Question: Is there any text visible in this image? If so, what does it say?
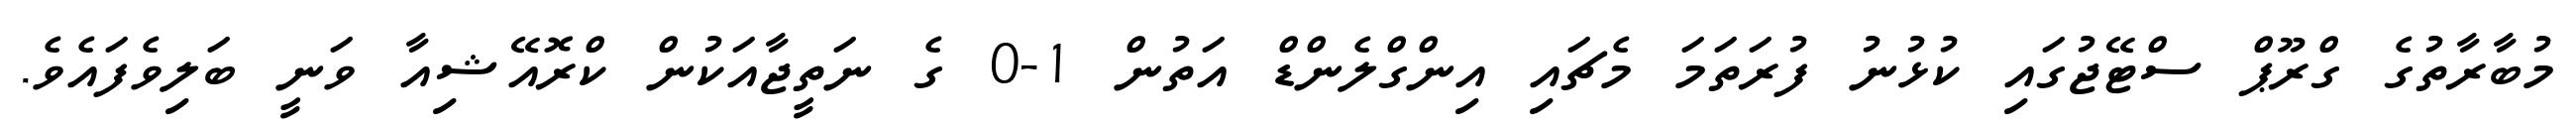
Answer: މުބާރާތުގެ ގްރޫޕް ސްޓޭޖުގައި ކުޅުނު ފުރަތަމަ މެޗައި އިންގްލެންޑް އަތުން 1-0 ގެ ނަތީޖާއަކުން ކްރޮއޭޝިއާ ވަނީ ބަލިވެފައެވެ.